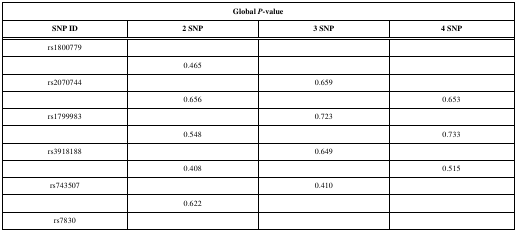
<table><thead><tr><td colspan="4"><b>Global <i>P</i>-value</b></td></tr><tr><td><b>SNP ID</b></td><td><b>2 SNP</b></td><td><b>3 SNP</b></td><td><b>4 SNP</b></td></tr></thead><tbody><tr><td>rs1800779</td><td></td><td></td><td></td></tr><tr><td></td><td>0.465</td><td></td><td></td></tr><tr><td>rs2070744</td><td></td><td>0.659</td><td></td></tr><tr><td></td><td>0.656</td><td></td><td>0.653</td></tr><tr><td>rs1799983</td><td></td><td>0.723</td><td></td></tr><tr><td></td><td>0.548</td><td></td><td>0.733</td></tr><tr><td>rs3918188</td><td></td><td>0.649</td><td></td></tr><tr><td></td><td>0.408</td><td></td><td>0.515</td></tr><tr><td>rs743507</td><td></td><td>0.410</td><td></td></tr><tr><td></td><td>0.622</td><td></td><td></td></tr><tr><td>rs7830</td><td></td><td></td><td></td></tr></tbody></table>